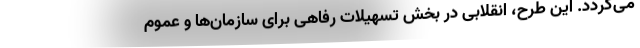
می‌گردد. این طرح، انقلابی در بخش تسهیلات رفاهی برای سازمان‌ها و عموم